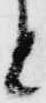
と